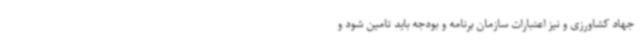
جهاد کشاورزی و نیز اعتبارات سازمان برنامه و بودجه باید تامین شود و